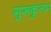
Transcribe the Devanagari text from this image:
गुरूकुलम